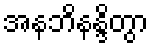
အနဘိနန္ဒိတွာ